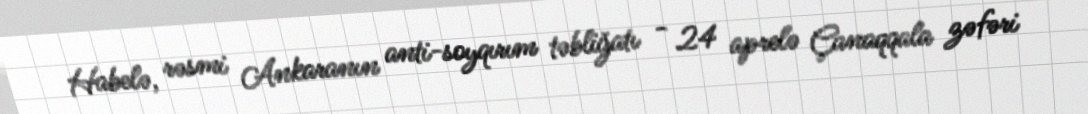
Habelə, rəsmi Ankaranın anti-soyqırım təbliğatı - 24 aprelə Çanaqqala zəfəri